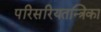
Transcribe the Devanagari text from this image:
परिसरियतन्त्रिका